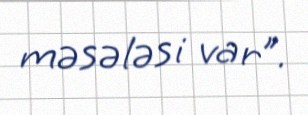
məsələsi var”.